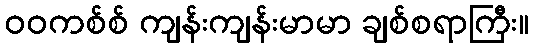
ဝဝကစ်စ် ကျန်းကျန်းမာမာ ချစ်စရာကြီး။